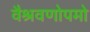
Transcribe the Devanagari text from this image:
वैश्रवणोपमो